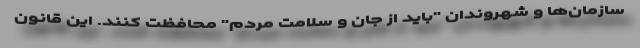
سازمان‌ها و شهروندان "باید از جان و سلامت مردم" محافظت کنند. این قانون